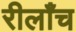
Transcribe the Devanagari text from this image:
रीलाँच